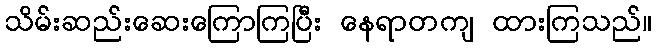
သိမ်းဆည်းဆေးကြောကြပြီး နေရာတကျ ထားကြသည်။